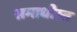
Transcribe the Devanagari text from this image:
समाधीस्त